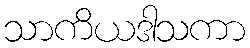
သာကိယဒါသကာ